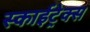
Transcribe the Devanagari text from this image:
स्काईट्रेक्स